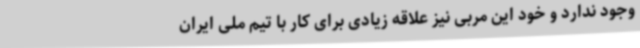
وجود ندارد و خود این مربی نیز علاقه زیادی برای کار با تیم ملی ایران